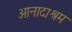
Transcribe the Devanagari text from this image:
आनादाश्रम